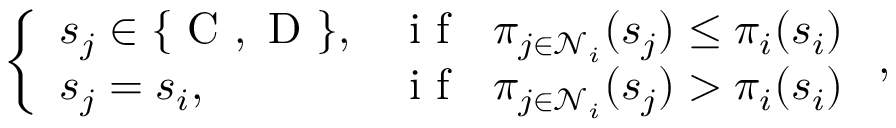
\left\{ \begin{array} { l l } { s _ { j } \in \{ \mathrm { ~ C ~ } , \mathrm { ~ D ~ } \} , } & { \mathrm { ~ i ~ f ~ } ~ ~ \pi _ { j \in \mathcal { N } _ { i } } ( s _ { j } ) \leq \pi _ { i } ( s _ { i } ) } \\ { s _ { j } = s _ { i } , } & { \mathrm { ~ i ~ f ~ } ~ ~ \pi _ { j \in \mathcal { N } _ { i } } ( s _ { j } ) > \pi _ { i } ( s _ { i } ) } \end{array} \right. ,